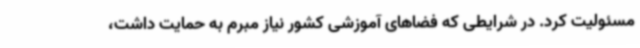
مسئولیت کرد. در شرایطی که فضاهای آموزشی کشور نیاز مبرم به حمایت داشت،